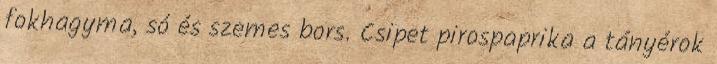
fokhagyma, só és szemes bors. Csipet pirospaprika a tányérok